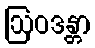
ဩဝဒန္တာ